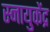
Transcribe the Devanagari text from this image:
स्नायुकेंद्र